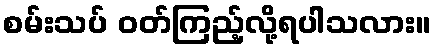
စမ်းသပ် ဝတ်ကြည့်လို့ရပါသလား။